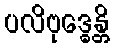
ပလိဗုဒ္ဓေန္တိ